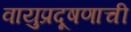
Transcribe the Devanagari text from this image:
वायुप्रदूषणाची